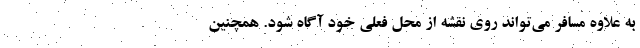
به علاوه مسافر می‌تواند روی نقشه از محل فعلی خود آگاه شود. همچنین